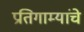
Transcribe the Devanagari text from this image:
प्रतिगाम्यांचे